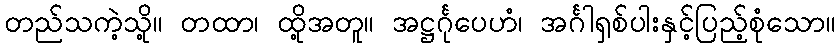
တည်သကဲ့သို့။ တထာ၊ ထို့အတူ။ အဋ္ဌင်္ဂုပေဟံ၊ အင်္ဂါရှစ်ပါးနှင့်ပြည့်စုံသော။